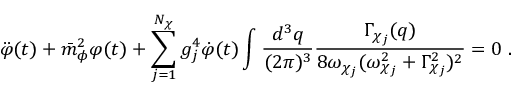
\ddot { \varphi } ( t ) + \bar { m } _ { \phi } ^ { 2 } \varphi ( t ) + \sum _ { j = 1 } ^ { N _ { \chi } } g _ { j } ^ { 4 } \dot { \varphi } ( t ) \int \frac { d ^ { 3 } q } { ( 2 \pi ) ^ { 3 } } \frac { \Gamma _ { \chi _ { j } } ( q ) } { 8 \omega _ { \chi _ { j } } ( \omega _ { \chi _ { j } } ^ { 2 } + \Gamma _ { \chi _ { j } } ^ { 2 } ) ^ { 2 } } = 0 \; .